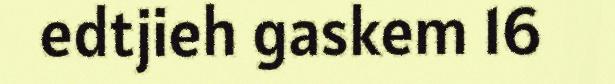
edtjieh gaskem 16